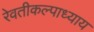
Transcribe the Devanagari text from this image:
रेवतीकल्पाध्याय